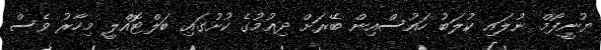
ޔުނީފޯމް ނުލައި ކުލަބު ހައުސްއިން ބޭރަށް ދިއުމުގެ ކުށުގައި ބަލްޓޮއްލީ މިހާރު ވެސް